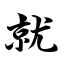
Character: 就